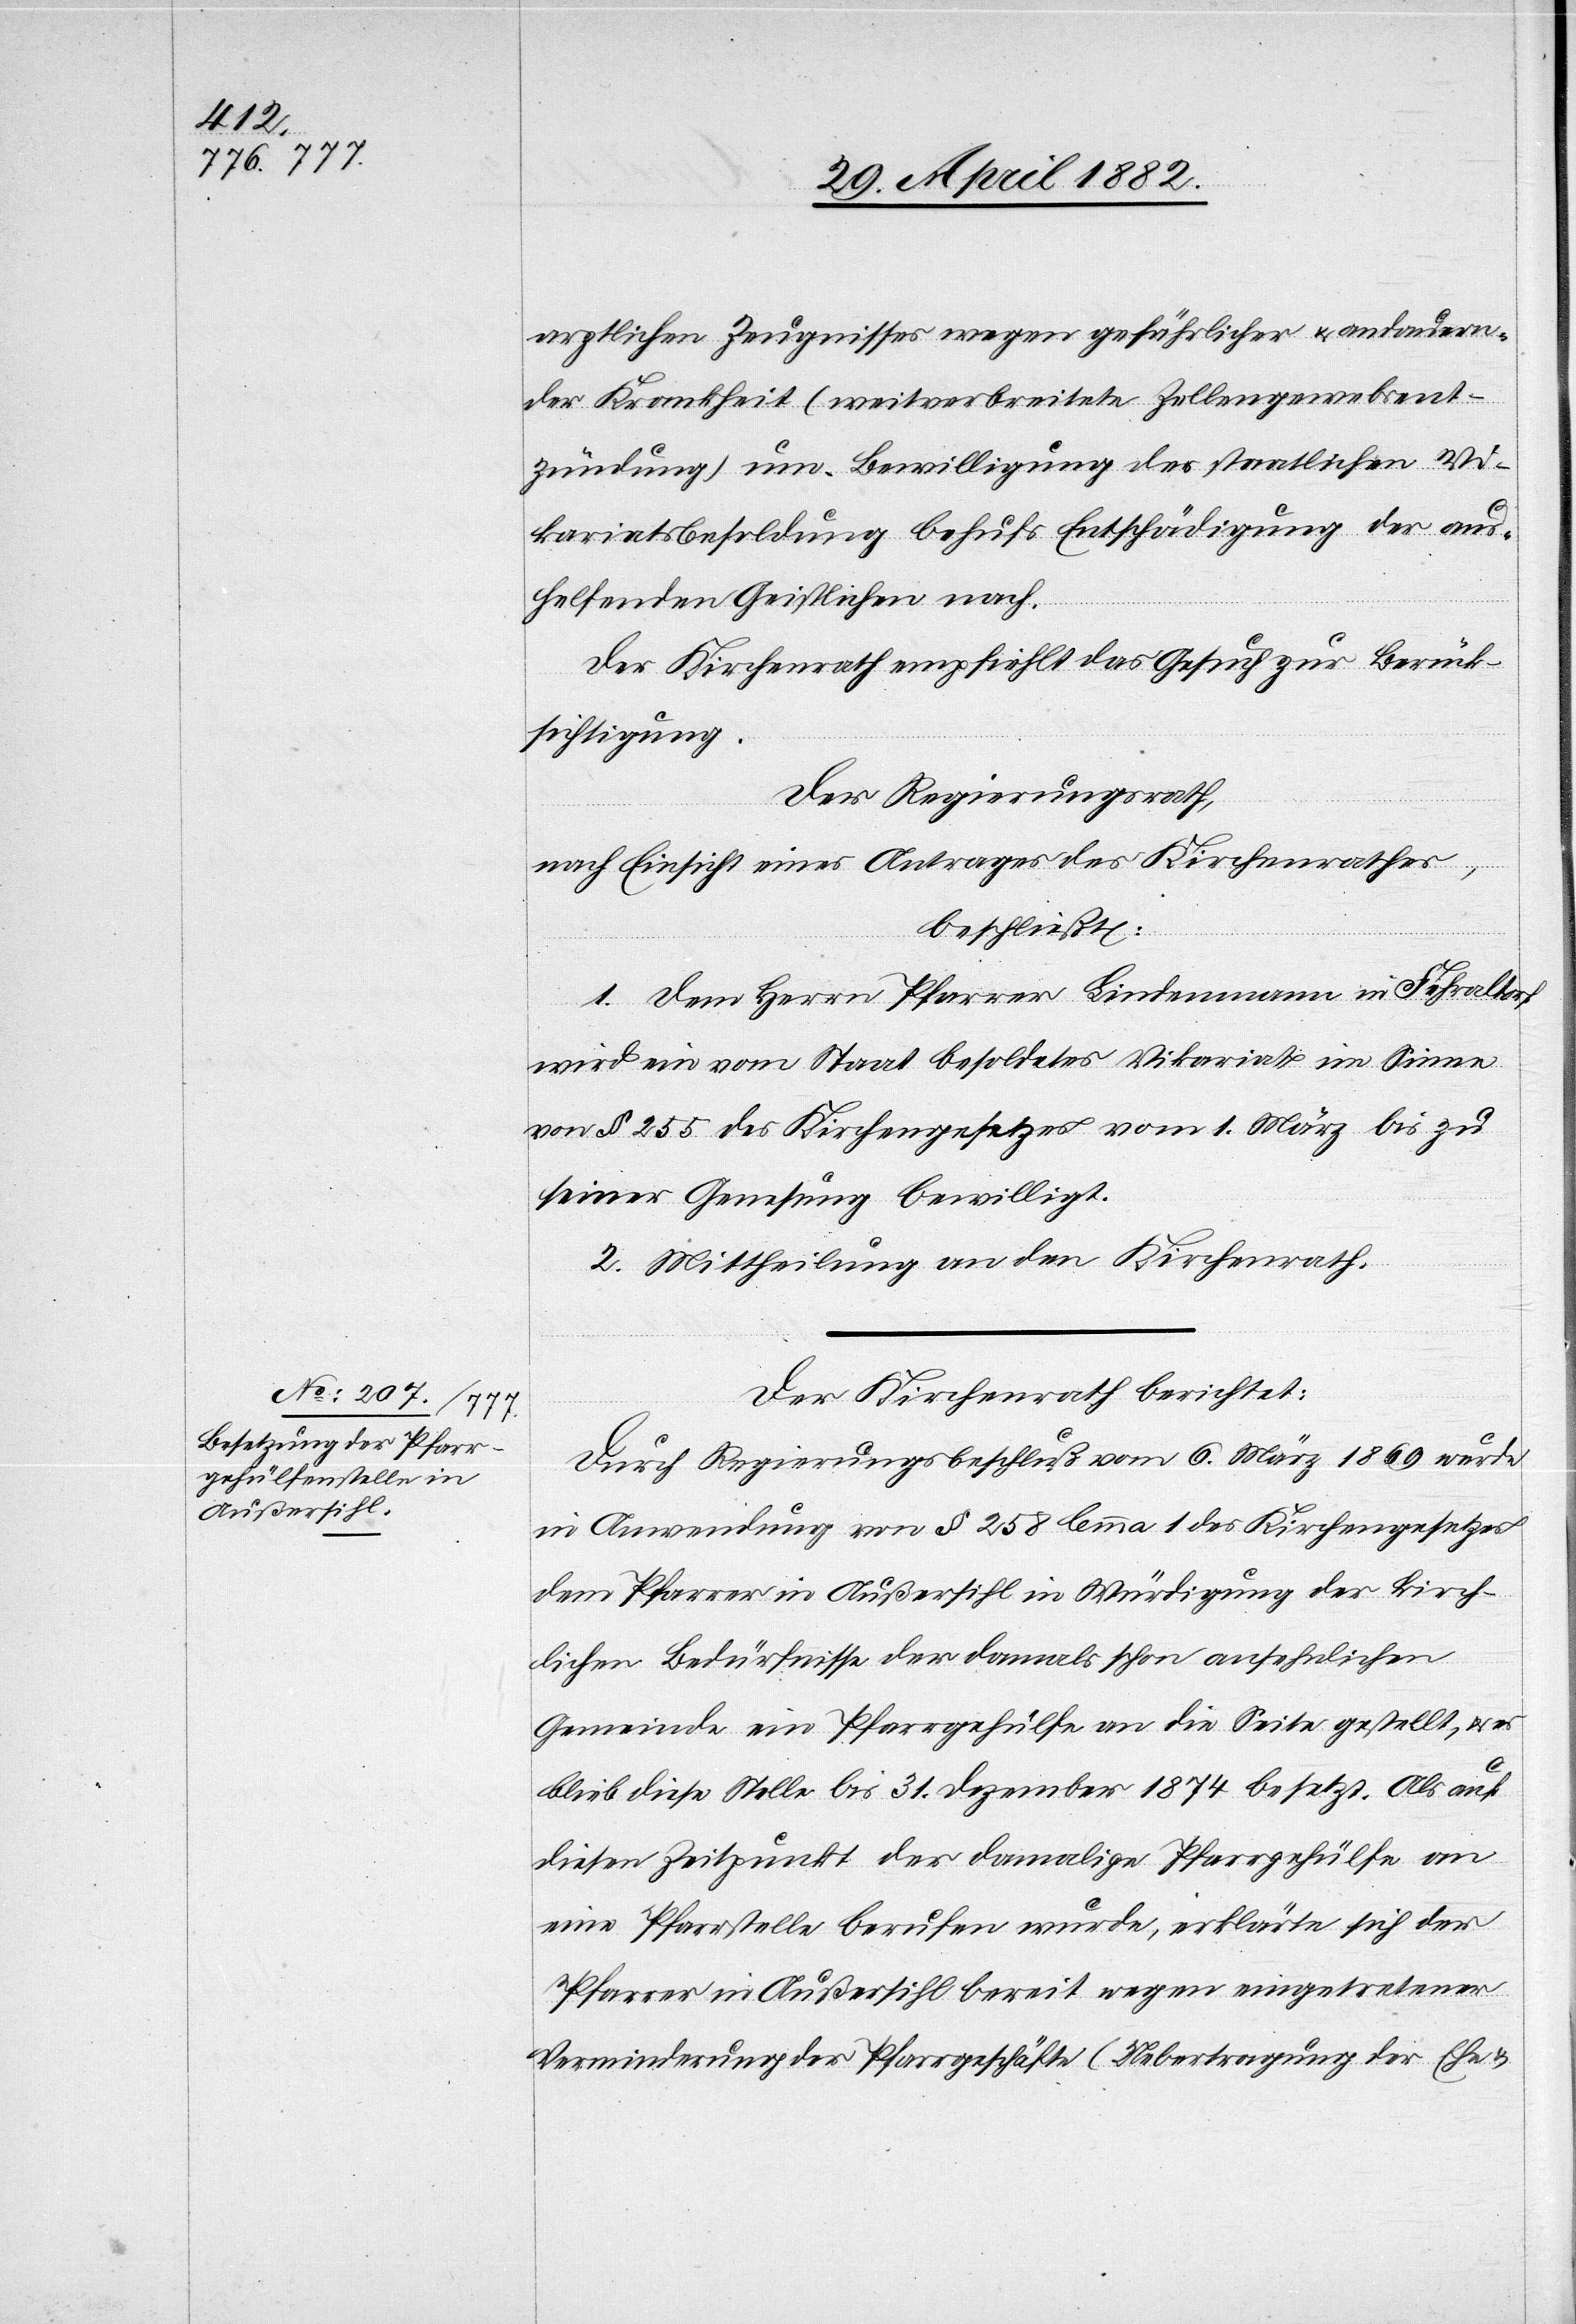
ärztlichen Zeugnisses wegen gefährlicher u. andauern¬
der Krankheit (weitverbreitete Zellengewebeent¬
zündung) um Bewilligung der staatlichen Vi¬
kariatsbesoldung behufs Entschädigung der aus¬
helfenden Geistlichen nach.
Der Kirchenrath empfiehlt das Gesuch zur Berück¬
sichtigung.
Der Regierungsrath,
nach Einsicht eines Antrages des Kirchenrathes,
beschließt:
1. Dem Herrn Pfarrer Bindenmann in Fehraltorf
wird ein vom Staat besoldetes Vikariat im Sinne
von § 255 des Kirchengesetzes vom 1. März bis zu
seiner Genesung bewilligt.
2. Mittheilung an den Kirchenrath.
Der Kirchenrath berichtet:
Durch Regierungsbeschluß vom 6. März 1869 wurde
in Anwendung von § 258 lemma 1 des Kirchengesetzes
dem Pfarrer in Außersihl in Würdigung der kirch¬
lichen Bedürfnisse der damals schon anschaulichen
Gemeinde ein Pfarrgehülfe an die Seite gestellt, u.
blieb diese Stelle bis 31. Dezember 1874 besetzt. Als auf
diesen Zeitpunkt der damalige Pfarrgehülfe an
eine Pfarrstelle berufen wurde, erklärte sich der
Pfarrer in Außersihl bereit wegen eingetretener
Verminderung der Pfarrgeschäfte (Uebertragung der Ehe[-]